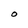
Character: O